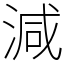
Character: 減